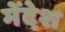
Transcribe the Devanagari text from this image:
मेंदेश